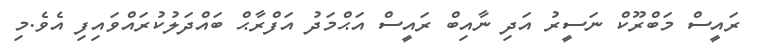
ރައީސް މަބްރޫކް ނަސީރު އަދި ނާއިބް ރައީސް އަޙްމަދު އަފްރާޙް ބައްދަލުކުރައްވައިފި އެވެ.މި